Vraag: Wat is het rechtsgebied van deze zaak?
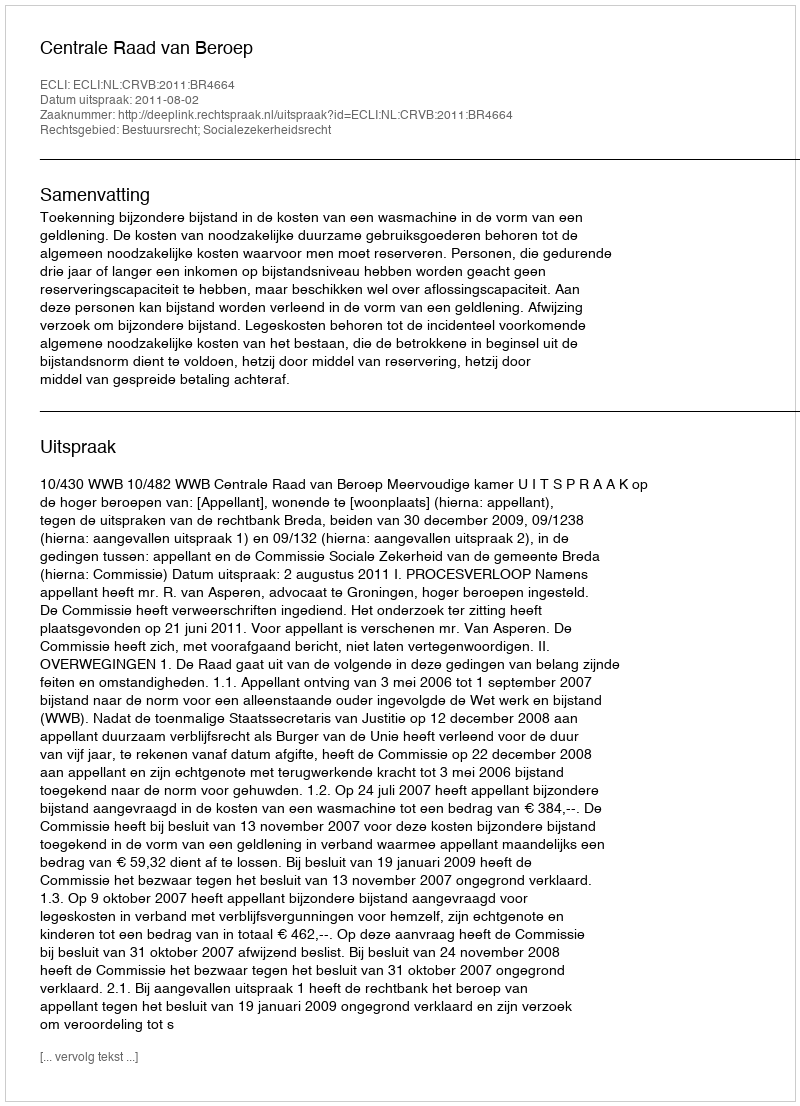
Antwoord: Bestuursrecht; Socialezekerheidsrecht